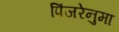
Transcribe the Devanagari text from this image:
पिंजरेनुमा